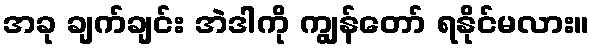
အခု ချက်ချင်း အဲဒါကို ကျွန်တော် ရနိုင်မလား။